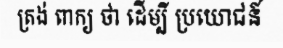
ត្រង់ ពាក្យ ថា ដើម្បី ប្រយោជន៍